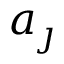
a _ { \j }